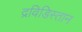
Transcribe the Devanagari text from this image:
द्रविडिस्तान